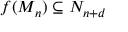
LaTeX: f ( M _ { n } ) \subseteq N _ { n + d }